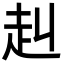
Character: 赳